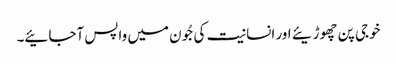
خوجی پن چھوڑیئے اور انسانیت کی جُون میں واپس آجائیے۔